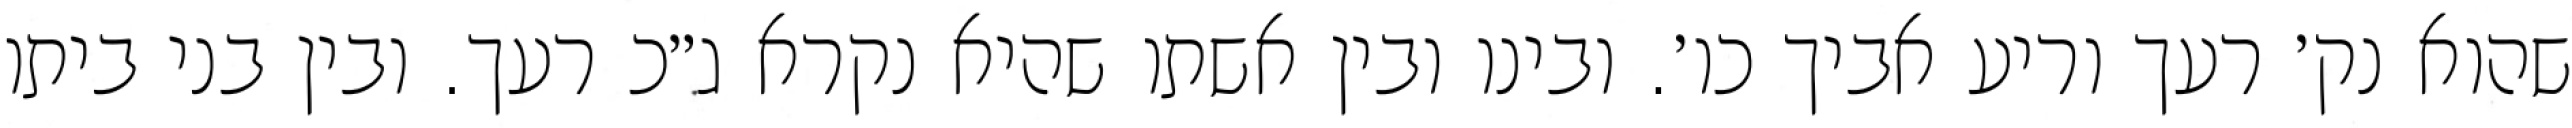
שהוא נק׳ רעך וריע אביך כו׳. ובינו ובין אשתו שהיא נקרא ג״כ רעך. ובין בני ביתו